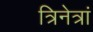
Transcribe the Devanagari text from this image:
त्रिनेत्रां